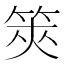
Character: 筴